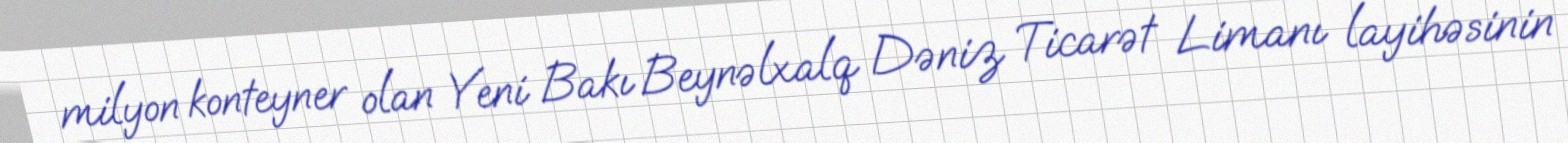
milyon konteyner olan Yeni Bakı Beynəlxalq Dəniz Ticarət Limanı layihəsinin